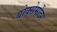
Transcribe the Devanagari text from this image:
बोक्सेर्मोटर